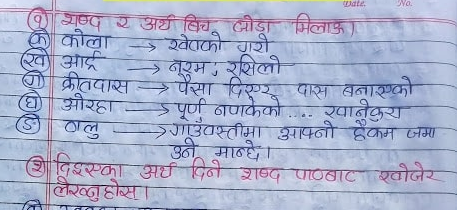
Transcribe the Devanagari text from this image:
शुष्प र अर्थी विच जोडा मिलाऊ।
कोला खेराको गरी
एवं आर्द्र
→ रसिलो
कीतवास पैसा दिएर पास बनाएको
औरहा
⑤ालु
→
> पूर्ण नपाकेको... खानेकुरा
गाउँवस्तीमा आफ्नो हैकम जमा
उने मान्छे ।
② दिइएका अर्थ दिने शब्द पाठबाट खोजेर
लेख्नुहोस् ।